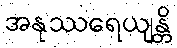
အနုဿရေယျန္တိ